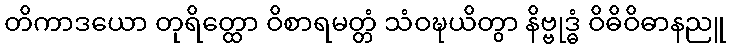
တိကာဒယော တုရိတ္ထော ဝိစာရမတ္တံ သံဝဍ္ဎယိတွာ နိဗ္ဗုဒ္ဓံ ဝိဓိဝိဓာနညူ